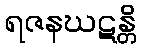
ရဇနဃဋန္တိ